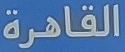
القاهرة